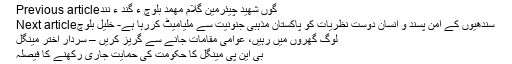
Previous articleگوں شھید چیئرمین گلام مھمد بلوچ ءَ گند ءُ نِند
Next articleسندھیوں کے امن پسند و انسان دوست نظریات کو پاکستان مذہبی جنونیت سے ملیامیٹ کررہا ہے- خلیل بلوچ
لوگ گھروں میں رہیں، عوامی مقامات جانے سے گریز کریں – سردار اختر مینگل
بی این پی مینگل کا حکومت کی حمایت جاری رکھنے کا فیصلہ